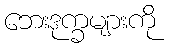
ဘေးဒုက္ခများကို